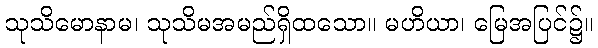
သုသိမောနာမ၊ သုသိမအမည်ရှိထသော။ မဟိယာ၊ မြေအပြင်၌။